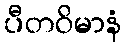
ပီတဝိမာနံ